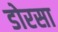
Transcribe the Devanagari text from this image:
डोरसा